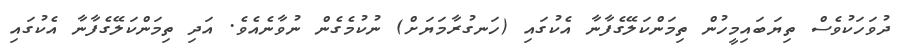
ދުވަހަކުވެސް ތިޔަބައިމީހުން ތިމަންކަލޭގެފާނާ އެކުގައި (ހަނގުރާމަޔަށް) ނުކުމެގެން ނުވާނެއެވެ. އަދި ތިމަންކަލޭގެފާނާ އެކުގައި